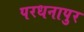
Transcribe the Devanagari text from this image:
परधनापुर